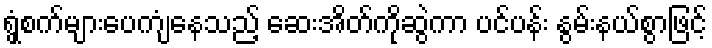
ရွှံ့စက်များပေကျံနေသည့် ဆေးအိတ်ကိုဆွဲကာ ပင်ပန်း နွမ်းနယ်စွာဖြင့်